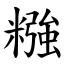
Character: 糨